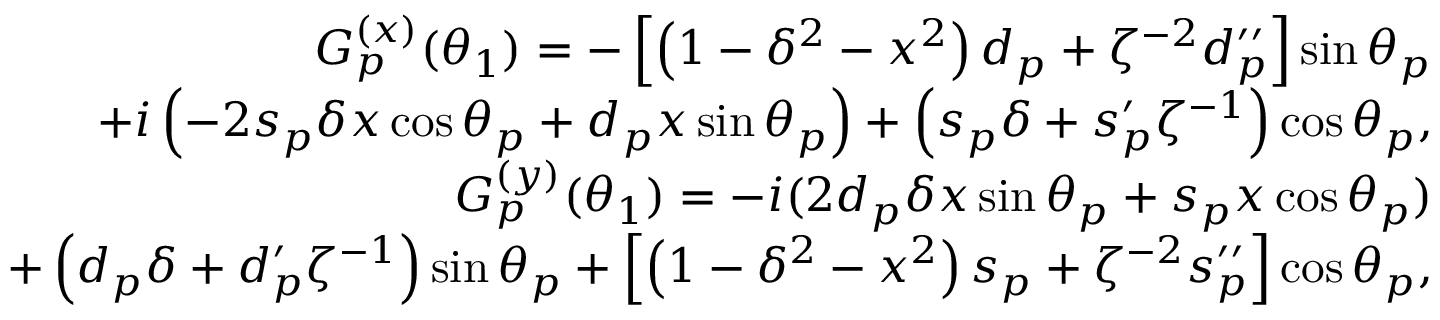
\begin{array} { r l r } & { } & { G _ { p } ^ { ( x ) } ( \theta _ { 1 } ) = - \left[ \left( 1 - \delta ^ { 2 } - x ^ { 2 } \right) d _ { p } + \zeta ^ { - 2 } d _ { p } ^ { \prime \prime } \right] \sin \theta _ { p } } \\ & { } & { + i \left( - 2 s _ { p } \delta x \cos \theta _ { p } + d _ { p } x \sin \theta _ { p } \right) + \left( s _ { p } \delta + s _ { p } ^ { \prime } \zeta ^ { - 1 } \right) \cos \theta _ { p } , } \\ & { } & { G _ { p } ^ { ( y ) } ( \theta _ { 1 } ) = - i ( 2 d _ { p } \delta x \sin \theta _ { p } + s _ { p } x \cos \theta _ { p } ) } \\ & { } & { + \left( d _ { p } \delta + d _ { p } ^ { \prime } \zeta ^ { - 1 } \right) \sin \theta _ { p } + \left[ \left( 1 - \delta ^ { 2 } - x ^ { 2 } \right) s _ { p } + \zeta ^ { - 2 } s _ { p } ^ { \prime \prime } \right] \cos \theta _ { p } , } \end{array}